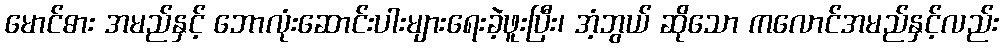
မောင်ဓား အမည်နှင့် ဘောလုံးဆောင်းပါးများရေးခဲ့ဖူးပြီး၊ အံ့ဘွယ် ဆိုသော ကလောင်အမည်နှင့်လည်း